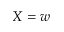
X = w